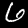
Label: 6